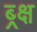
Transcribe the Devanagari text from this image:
ब्र्क्ष